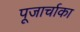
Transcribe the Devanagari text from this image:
पूजार्चाका